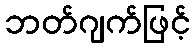
ဘတ်ဂျက်ဖြင့်